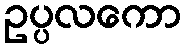
ဥပ္ပလကော